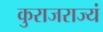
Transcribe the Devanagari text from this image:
कुराजराज्यं